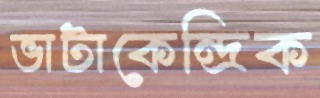
ভাটাকেন্দ্রিক